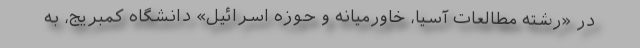
در «رشته مطالعات آسیا، خاورمیانه و حوزه اسرائیل» دانشگاه کمبریج، به